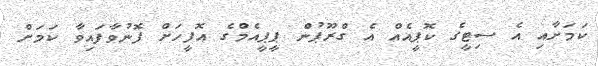
ކަމަށާއި އެ ސިޓީގެ ކޮޕީއެއް އެ ގްރޫޕުން ޕީޕީއެމްގެ އޮފީހަށް ފޮނުވާފައިވާ ކަމަށް